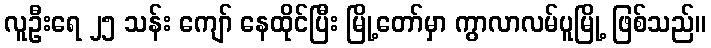
လူဦးရေ ၂၅ သန်း ကျော် နေထိုင်ပြီး မြို့တော်မှာ ကွာလာလမ်ပူမြို့ ဖြစ်သည်။